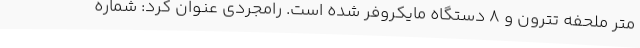
متر ملحفه تترون و 8 دستگاه مایکروفر شده است. رامجردی عنوان کرد: شماره